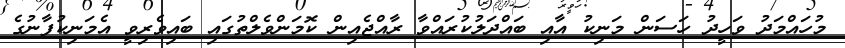
މުހައްމަދު ވަހީދު ހަސަން މަނިކު އާއި ބައްދަލުކުރައްވާ ރާއްޖެއިން ކޮމަންވެލްތުގައި ބައިވެރިވީ އެމަނިކުފާނުގެ